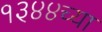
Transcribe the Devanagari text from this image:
१३४४च्या